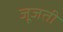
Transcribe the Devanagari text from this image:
जूजती